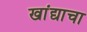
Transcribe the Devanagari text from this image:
खांद्याचा